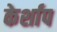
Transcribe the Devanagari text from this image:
केर्शाप